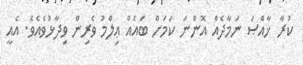
ކުރާ ޚާއްޞަ ނަމާދެއް އޮންނަ ކަމަށް ބައެއް ޢިލްމު ވެރިން ވިދާޅުވެއެވެ. އެއީ